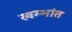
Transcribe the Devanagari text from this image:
खम्भांत